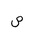
Letter: _sad